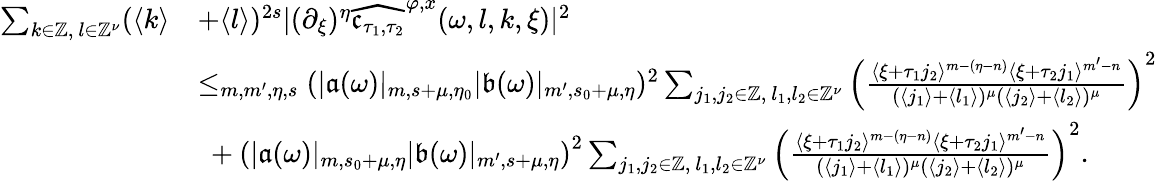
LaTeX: \begin{array}{rl}{\sum_{k\in\mathbb{Z},\ l\in\mathbb{Z}^{\nu}}(\langle k\rangle}&{+\langle l\rangle)^{2s}|(\partial_{\xi})^{\eta}\widehat{\mathfrak{c}_{\tau_{1},\tau_{2}}}^{\varphi,x}(\omega,l,k,\xi)|^{2}}\\ &{\le_{m,m^{\prime},\eta,s}(|\mathfrak{a}(\omega)|_{m,s+\mu,\eta_{0}}|\mathfrak{b}(\omega)|_{m^{\prime},s_{0}+\mu,\eta})^{2}\sum_{j_{1},j_{2}\in\mathbb{Z},\ l_{1},l_{2}\in\mathbb{Z}^{\nu}}\left(\frac{\langle\xi+\tau_{1}j_{2}\rangle^{m-(\eta-n)}\langle\xi+\tau_{2}j_{1}\rangle^{m^{\prime}-n}}{(\langle j_{1}\rangle+\langle l_{1}\rangle)^{\mu}(\langle j_{2}\rangle+\langle l_{2}\rangle)^{\mu}}\right)^{2}}\\ &{\ +\left(|\mathfrak{a}(\omega)|_{m,s_{0}+\mu,\eta}|\mathfrak{b}(\omega)|_{m^{\prime},s+\mu,\eta}\right)^{2}\sum_{j_{1},j_{2}\in\mathbb{Z},\ l_{1},l_{2}\in\mathbb{Z}^{\nu}}\left(\frac{\langle\xi+\tau_{1}j_{2}\rangle^{m-(\eta-n)}\langle\xi+\tau_{2}j_{1}\rangle^{m^{\prime}-n}}{(\langle j_{1}\rangle+\langle l_{1}\rangle)^{\mu}(\langle j_{2}\rangle+\langle l_{2}\rangle)^{\mu}}\right)^{2}.}\end{array}